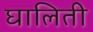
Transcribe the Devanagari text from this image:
घालिती